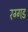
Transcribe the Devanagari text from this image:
रग्गड